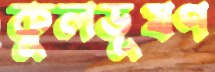
কুলভূষণ